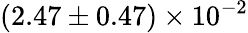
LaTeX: (2.47\pm 0.47)\times 10^{-2}